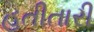
હતીતારી